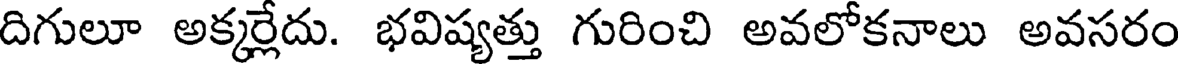
దిగులూ అక్కర్లేదు. భవిష్యత్తు గురించి అవలోకనాలు అవసరం